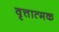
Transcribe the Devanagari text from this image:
वृत्तात्मक